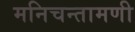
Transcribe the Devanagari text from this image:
मनिचन्तामणी